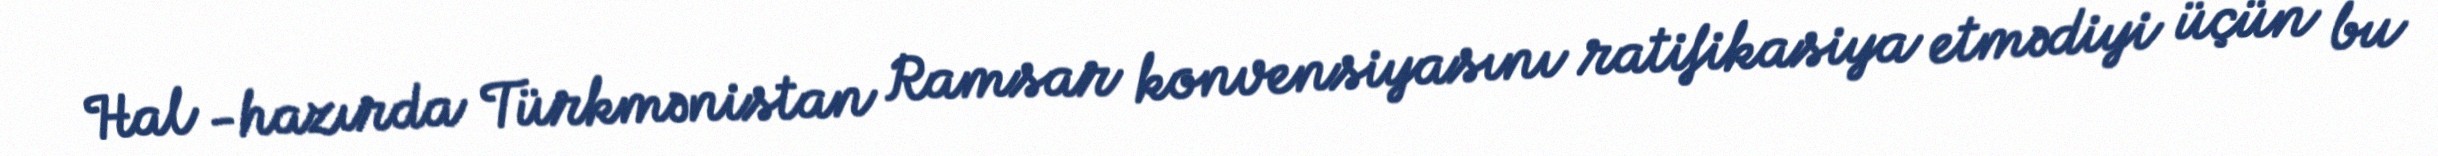
Hal -hazırda Türkmənistan Ramsar konvensiyasını ratifikasiya etmədiyi üçün bu